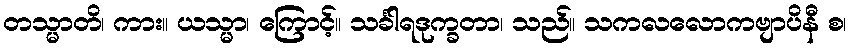
တသ္မာတိ၊ ကား။ ယသ္မာ၊ ကြောင့်။ သင်္ခါရဒုက္ခတာ၊ သည်။ သကလလောကဗျာပိနီ စ၊